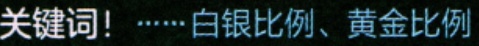
关键词! ……白银比例、黄金比例